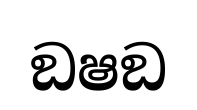
ඞෂඞ